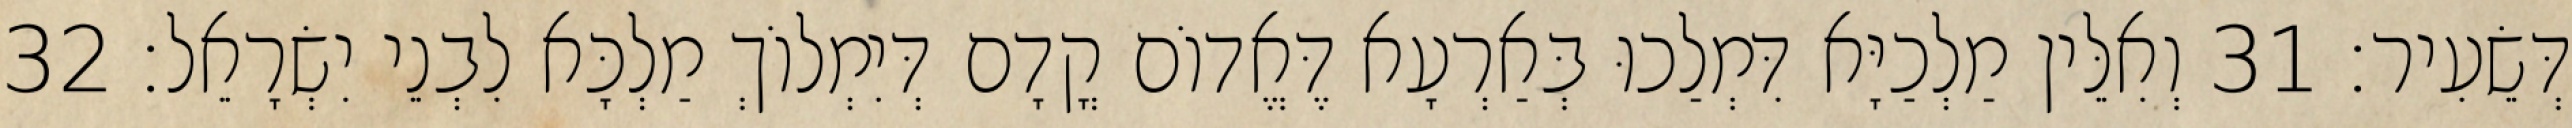
דְּשֵׂעִיר׃ 31 וְאִלֵּין מַלְכַיָּא דִּמְלַכוּ בְּאַרְעָא דֶּאֱדוֹם קֳדָם דְּיִמְלוֹךְ מַלְכָּא לִבְנֵי יִשְׂרָאֵל׃ 32